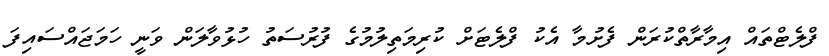
ފްލެޓްތައް އިމާރާތްކުރަން ފެށުމާ އެކު ފްލެޓަށް ކުރިމަތިލުމުގެ ފުރުސަތު ހުޅުވާލަން ވަނީ ހަމަޖައްސައިފަ